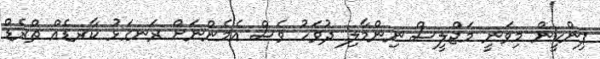
ޕިންކީން މިވަނީ މަޖްލީސް ނިންމާލި ދުވަހު ވެސް އެމެންނަށް ރަނގަޅު ކާރޑެއް ތްރެޑް